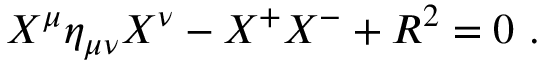
X ^ { \mu } \eta _ { \mu \nu } X ^ { \nu } - X ^ { + } X ^ { - } + R ^ { 2 } = 0 \ .